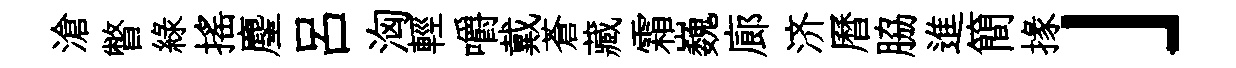
滄瞥綠揺麈呂洶輕嚼戴蒼藏霜巍廊济曆脇進簡掾」